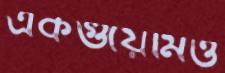
একগুঁয়েমিও